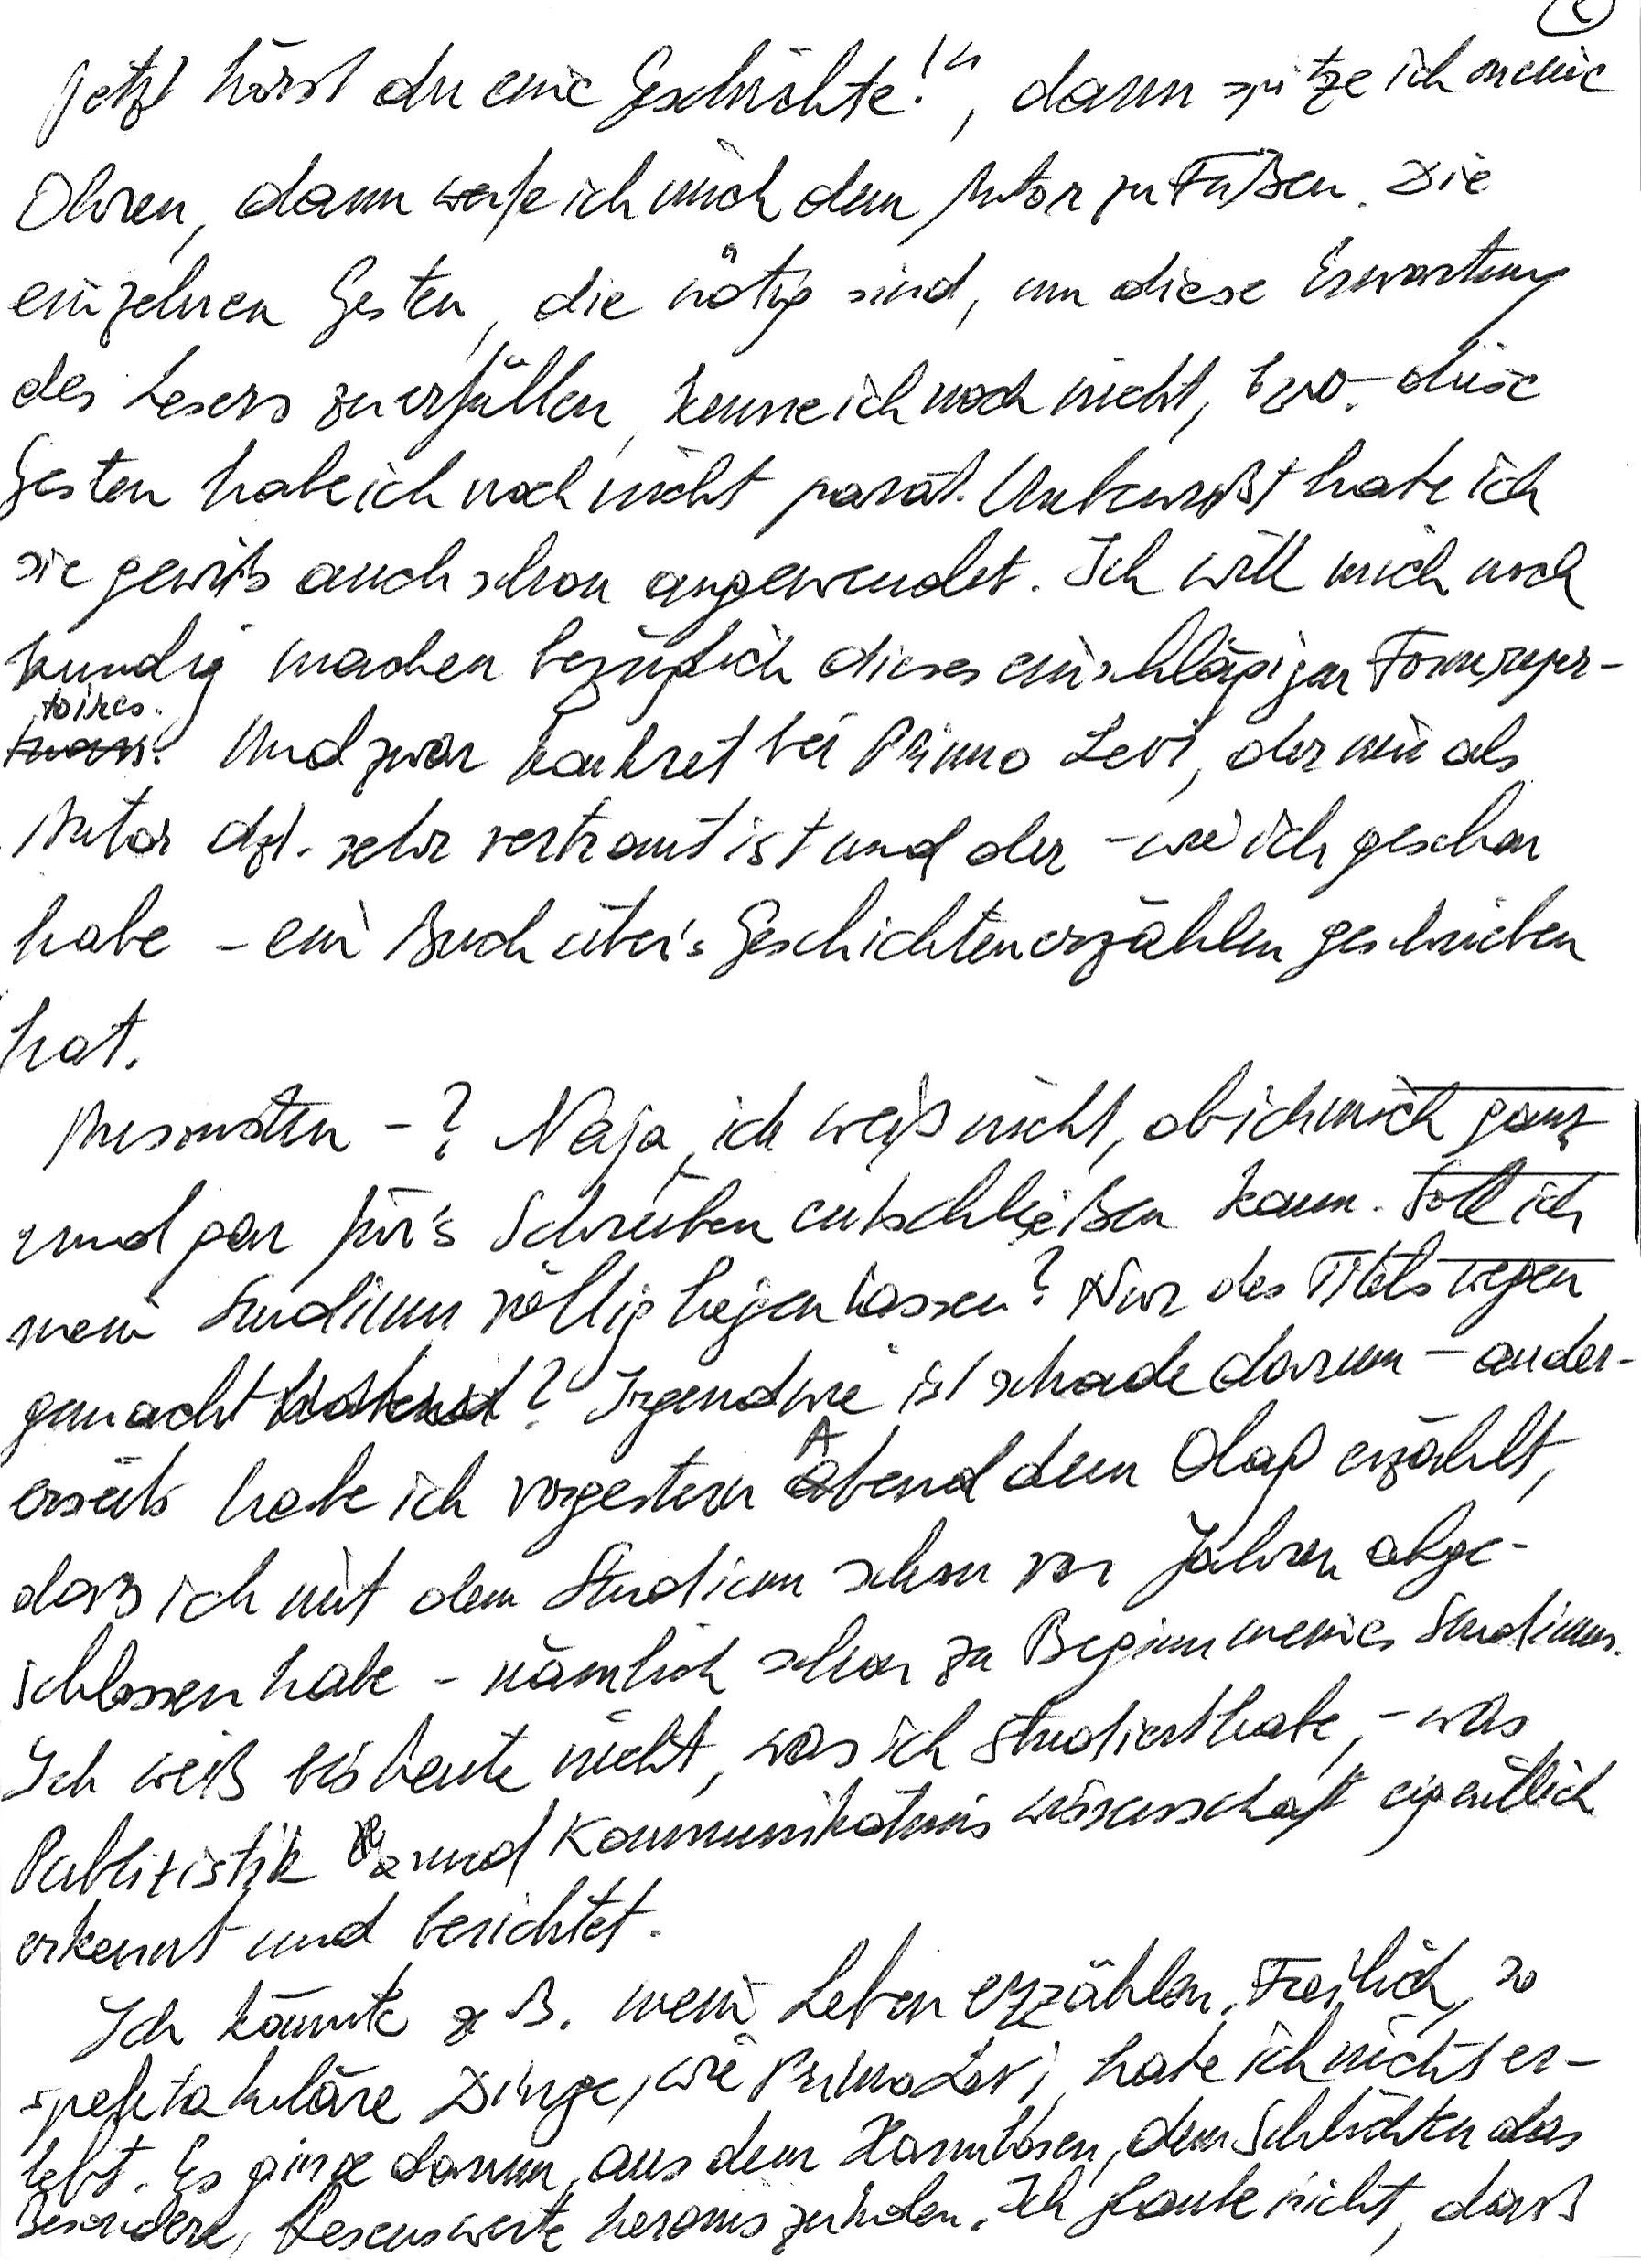
jetzt hörst du eine Geschichte!“, dann spitze ich meine
Ohren, dann werfe ich mich dem Autor zu Füßen. Die
 einzelnen Gesten, die nötig sind, um diese Erwartung
des Lesers zu erfüllen, kenne ich noch nicht, bzw. diese
Gesten habe ich noch nicht parat. Unbewußt habe ich
sie gewiß auch schon angewendet. Ich will mich noch
kundig machen bezüglich dieses einschlägigen Formreper-
toires. Und zwar konkret bei Primo Levi, der mir als
Autor dzt. Sehr vertraut ist und der – wie ich gesehen
habe – ein Buch über’s Geschichtenerzählen geschrieben
hat.
Ansonsten -? Naja, ich weiß nicht, ob ich mich ganz
und gar für’s Schreiben entschließen kann. Soll ich
mein Studium völlig liegenlassen? Nur des Titels wegen
gemacht? Irgendwie ist schade darum – ander-
erseits habe ich vorgestern Abend dem Olaf erzählt,
daß ich mit dem Studium schon vor Jahren abge-
schlossen habe – nämlich schon zu Beginn meines Studiums.
Ich weiß bis heute nicht, was ich studiert habe, – was
Publizistik und Kommunikationswissenschaft eigentlich
erkennt und berichtet.
Ich könnte z. B. mein Leben erzählen. Freilich, so
spektakuläre Dinge, wie Promo Levi, habe ich nicht er-
lebt. Es ginge darum, aus dem Harmlosen, dem Schlichten das
Besondere, Lesenswerte herauszuholen. Ich glaube nicht, daß